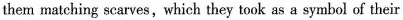
them matching scarves,which they took as a symbol of their